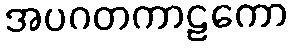
အပဂတကာဠကော